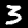
Digit: 3